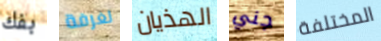
بفك لغرفة الهذيان جني المختلفة